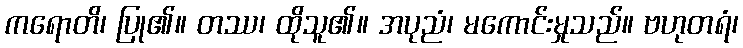
ကရောတိ၊ ပြု၏။ တဿ၊ ထိုသူ၏။ အပုညံ၊ မကောင်းမှုသည်။ ဗဟုတရံ၊